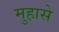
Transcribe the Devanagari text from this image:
मुहासे